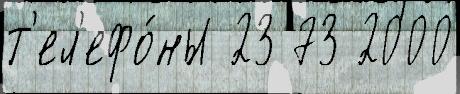
т'ел'ефо́ны 23 73 2000